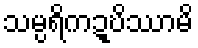
သမ္ပရိကဍ္ဎိဿာမိ